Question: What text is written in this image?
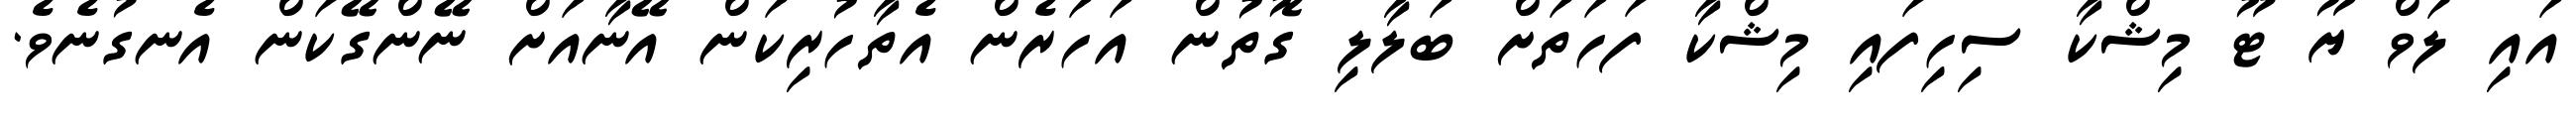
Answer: އައި ލަވް ޔޫ ޓޫ މިޝްކާ ސިހިފައި މިޝްކާ ފަހަތަށް ބަލާލި ގޮތުން އަހަރެން އެތާހުރިކަން އޭނާއަށް ނޭންގޭކަން އެނގުނެވެ.